Maemoisa_(Sinalepa)_vallavalitsus, lk 20
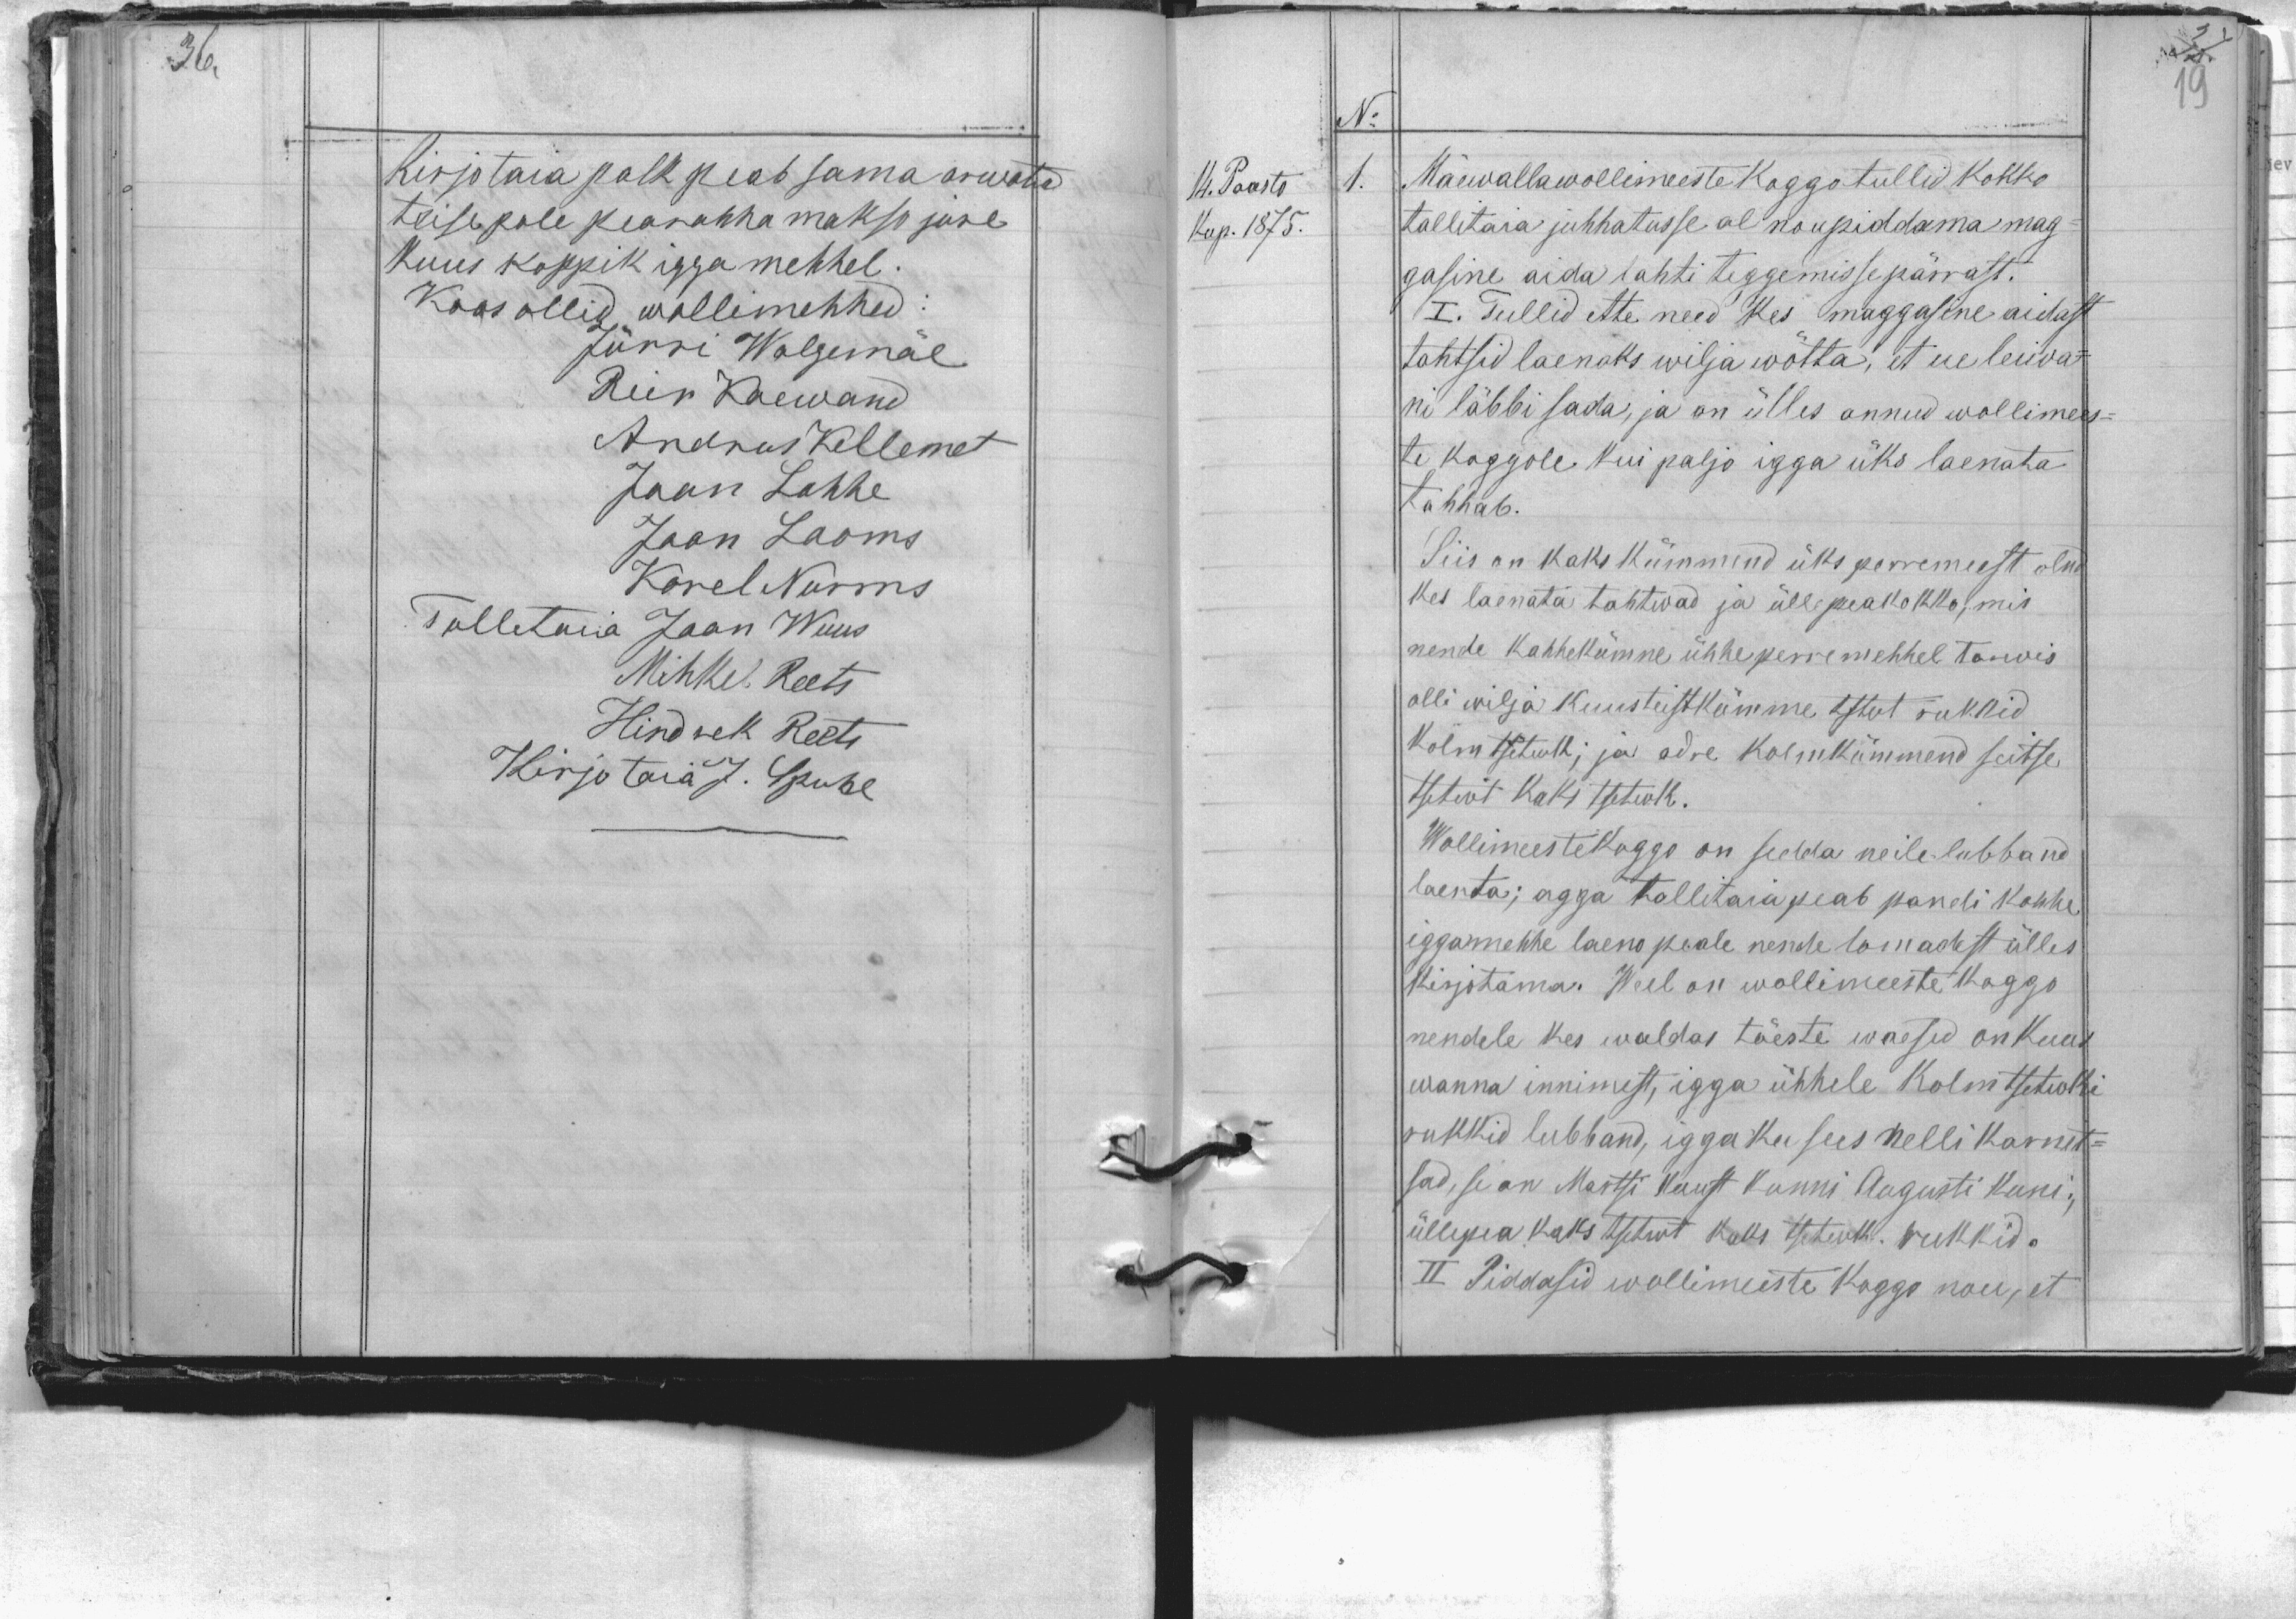
Kirjotaia palk peab sama arwatud
teise pole pearahha makso jure
kuus koppik igga mehhel:
koos ollid wollimehhed:
Jürri Walgemäe
Rein Kaewand
Andrus Kellemet
Jaan Lahhe
Jaan Laoms
Karel Nurms
Talletaia Jaan Wuus
Mihkel Reets
Hindrek Reets
Kirjotaia J. Spuhl

No
14. Paasto
1.
Mäewallawollimeeste koggo tullid kokko
Kup. 1875.
tallitaia juhhatusse al noupidama mag-
gasine aida lahti teggemisse pärrast.
I. Tullid ette need kes maggasine aidast
tahtsid laenaks wilja wõtta, et ue leiwa-
ni läbbi sada, ja on ülles annud wollimees-
te koggole kui paljo igga üks laenata
tahhab.
Siis on kaks kümmend üks perremeest olnd
kes laenata tahtwad ja üllepeakokko, mis
nende kahhekümne ühhe perremehhel tarwis
olli wilja kuusteistkümme tstvt rukkid
kolm tsetwk; ja odre kolmkümmend seitse
tsetwt kaks tsetwk.
Wollimeestekoggo on sedda neile lubband
laenta; agga tallitaia peab pandi kohhe
iggamehhe laeno peale nende lomadest ülles
kirjotama. Weel on wollimeeste koggo
nendele kes waldas tõeste waesed on kuus
wanna innimest, igga ühhele kolm tsetwki
rukkid lubband, igga ku sees nelli karnit-
sad, se on Martsi kuust kunni Augusti kuni.
üllepea kaks tsetwt kaks tsetwk rukkid.
II Piddasid wollimeeste Koggo nou, et